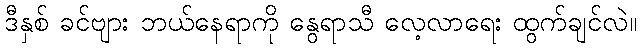
ဒီနှစ် ခင်ဗျား ဘယ်နေရာကို နွေရာသီ လေ့လာရေး ထွက်ချင်လဲ။